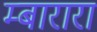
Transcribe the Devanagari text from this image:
म्बारारा